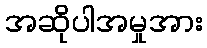
အဆိုပါအမှုအား